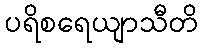
ပရိစရေယျာသီတိ